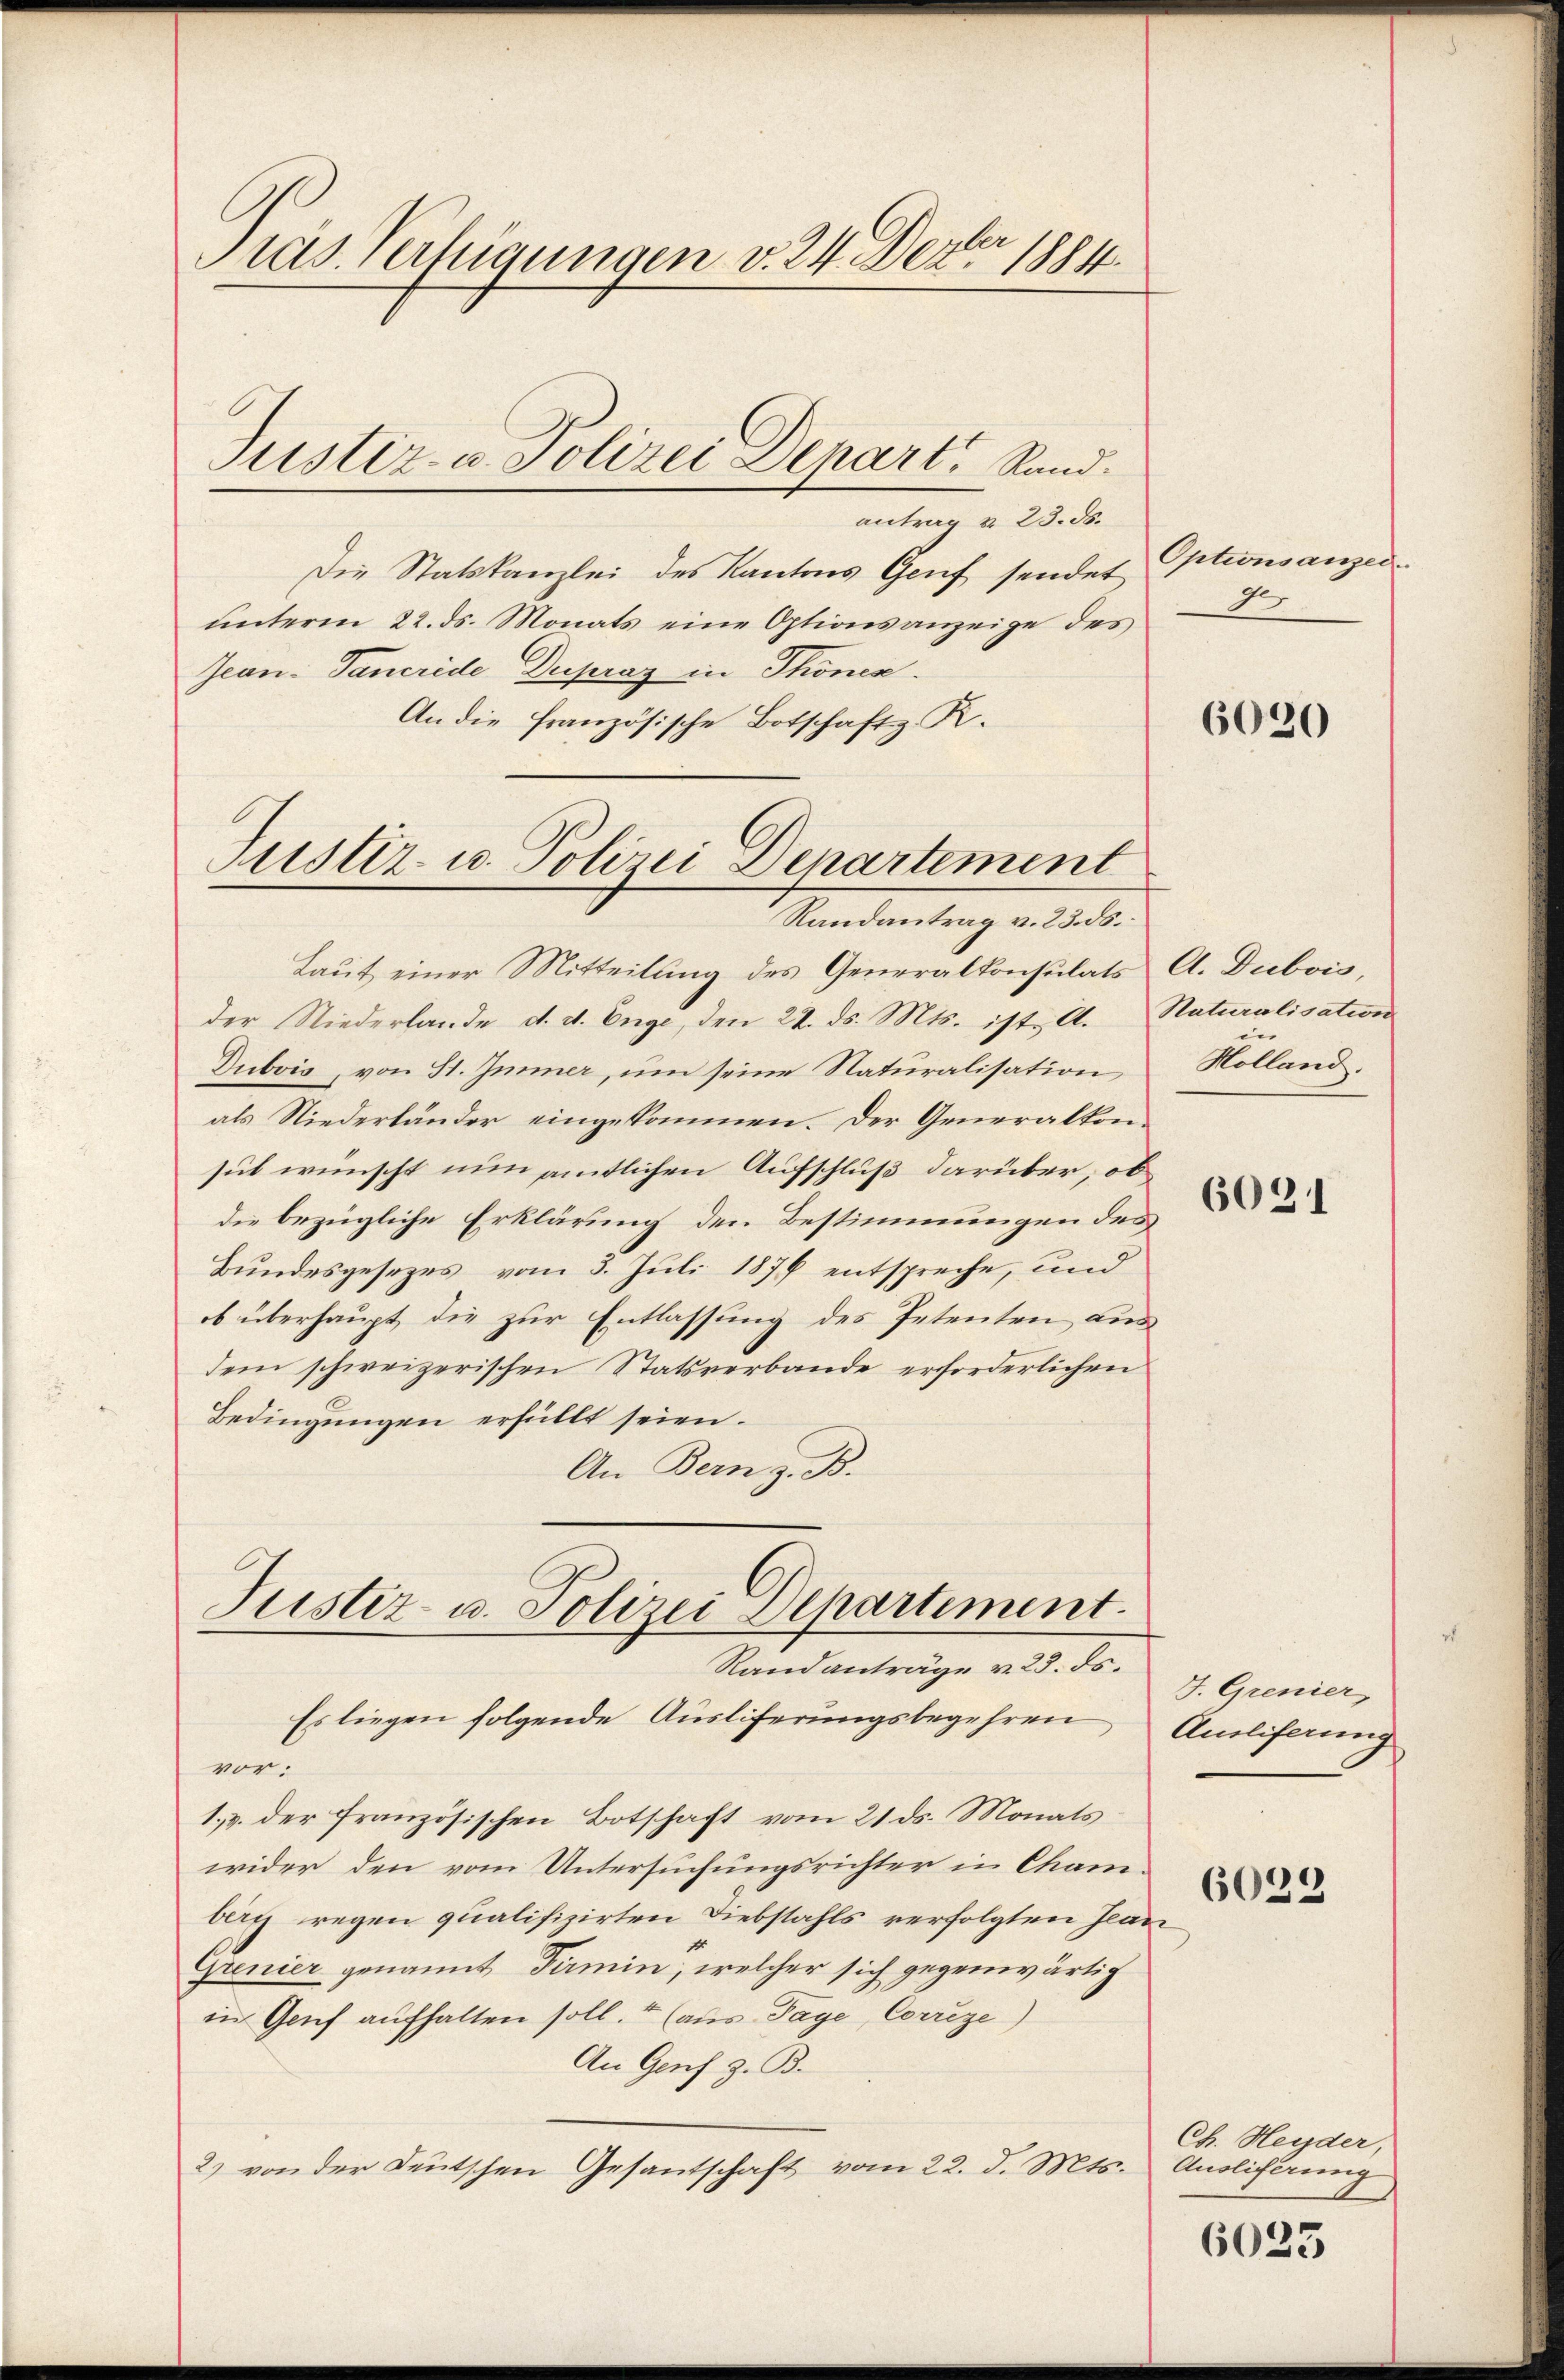
Pras Verfügungen v. 24. Der 1881.

antrag u. 23. ds.
Die Statskanzlei des Kantons Genf sendet
ŭnterm 22. ds. Monats eine Optionsanzeige des
Jean Pancride Dupray in Thonen.
An die französische Botschaft z. K.

Justiz- u. Polizei Depart, Rund.

Justiz- u. Polizei Departement
Randantrag v. 23. ds.

Laut einer Mitteilung des Generalkonsulats A. Dubois,
der Niederlande d. d. Enge, den 22. ds. Mts. ist l. Naturalisation
Dubois, von St. Jenner, um seine Naturalisation
als Niederländer eingekommen. Der Generalkonsub wünscht nun amtlichen Aufschluß darüber, ob
die bezügliche Erklärung den Bestimmungen des
Bundesgesezes vom 3. Juli 1876 entspreche, und
ob überhaupt, die zur Entlassung des Petenten aus
dem schweizerischen Statsverbande erforderlichen
Bedingŭngen erfüllt seien.
An Bern z. B.

Justiz- u. Polizei Departiment.
Randanträge v. 23. ds.
Es liegen folgende Auslieferungsbegehren

vor:
1,. der französischen Botschaft vom 21 ds. Monats
wider den vom Untersuchungsrichter in Chambeg regen qualifizirten Diebstahls verfolgten Jean
Grenier genannt Firmin, welcher sich gegenwärtig
in Genf aufhalten soll.“ (aus Tage, Corrige)
An Genf z. B.
2) von der Deutschen Gesantschaft vom 22. d. Mts. Anslicherung

Optionsanzen
9

6030

Holland.

6021

J. Grenier,
Anliferung

6023

Ch. Heyder,

6023